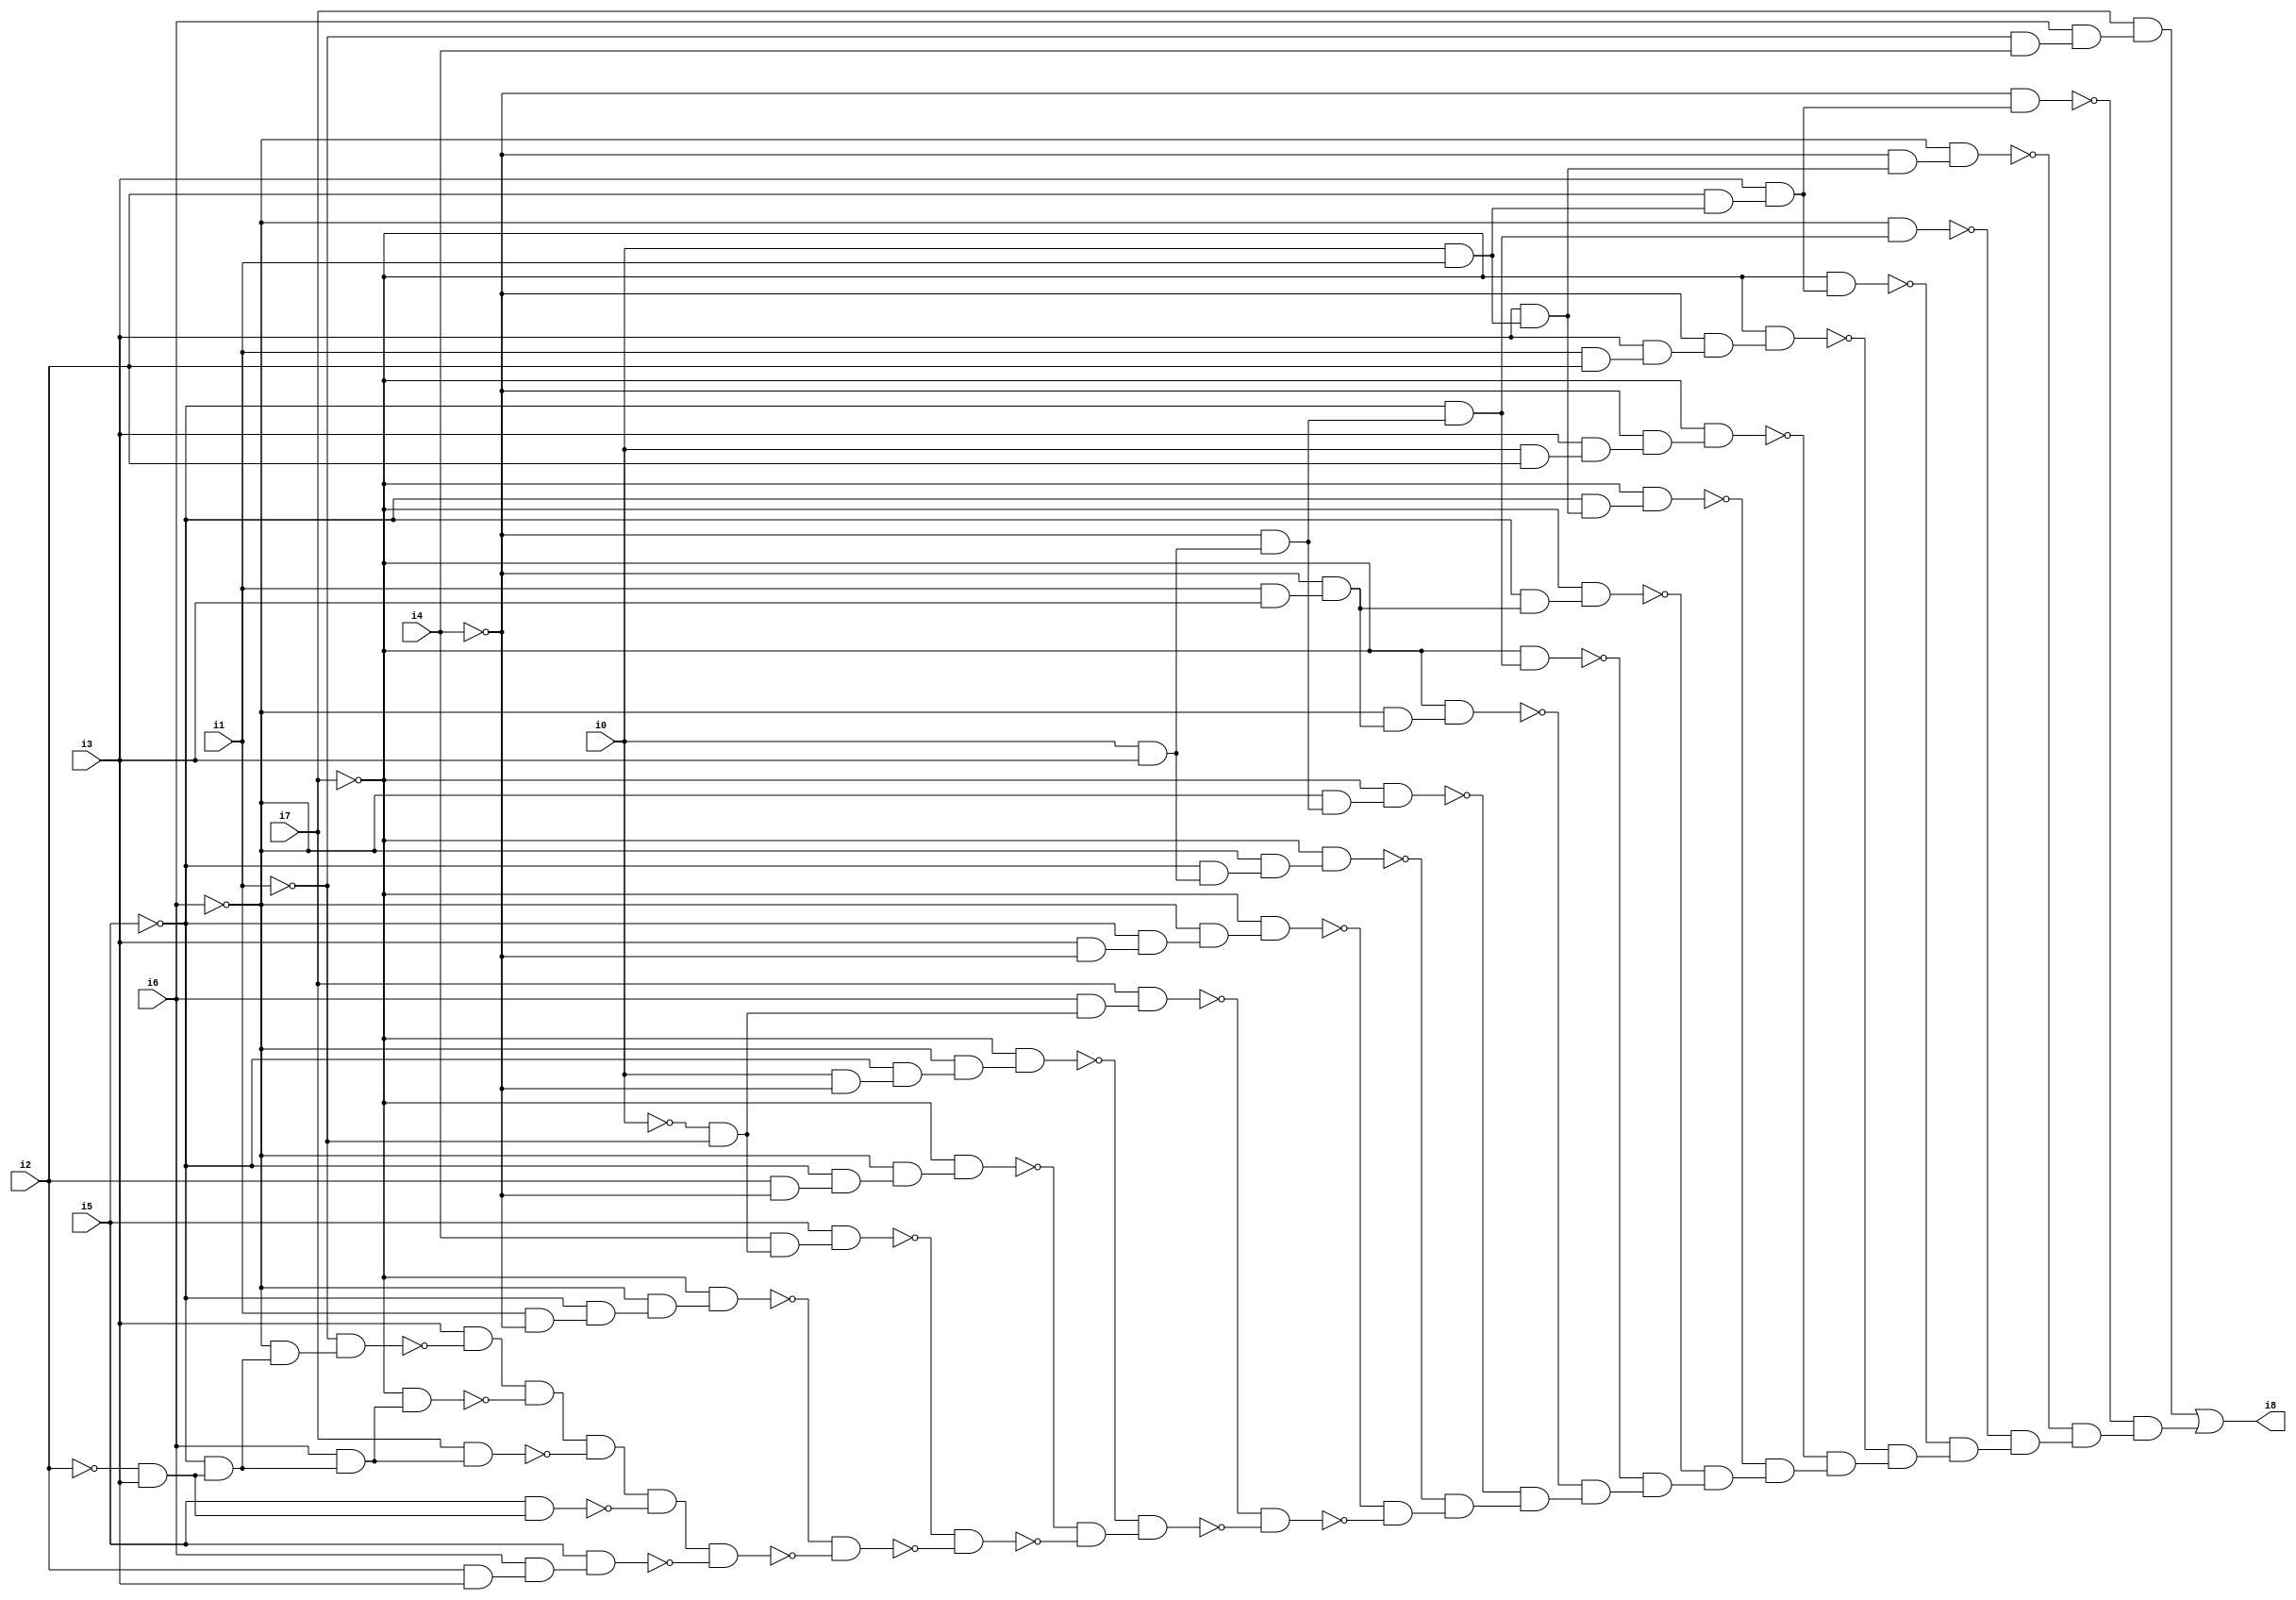
// Benchmark "SKOLEMFORMULA" written by ABC on Mon May  4 15:53:39 2020

module SKOLEMFORMULA ( 
    i0, i1, i2, i3, i4, i5, i6, i7,
    i8  );
  input  i0, i1, i2, i3, i4, i5, i6, i7;
  output i8;
  wire n10, n11, n12, n13, n14, n15, n16, n17, n18, n19, n20, n21, n22, n23,
    n24, n25, n26, n27, n28, n29, n30, n31, n32, n33, n34, n35, n36, n37,
    n38, n39, n40, n41, n42, n43, n44, n45, n46, n47, n48, n49, n50, n51,
    n52, n53, n54, n55, n56, n57, n58, n59, n60, n61, n62, n63, n64, n65,
    n66, n67, n68, n69, n70, n71, n72, n73, n74, n75, n76, n77, n78, n79,
    n80, n81, n82, n83, n84, n85, n86, n87, n88, n89, n90, n91, n92, n93,
    n94, n95, n96, n97, n98, n99, n100, n101;
  assign n10 = i1 & ~i4;
  assign n11 = ~i5 & n10;
  assign n12 = ~i6 & n11;
  assign n13 = ~i7 & n12;
  assign n14 = ~i0 & ~i1;
  assign n15 = i4 & n14;
  assign n16 = i5 & n15;
  assign n17 = i2 & ~i4;
  assign n18 = ~i5 & n17;
  assign n19 = ~i6 & n18;
  assign n20 = ~i7 & n19;
  assign n21 = i0 & ~i4;
  assign n22 = ~i5 & n21;
  assign n23 = ~i6 & n22;
  assign n24 = ~i7 & n23;
  assign n25 = i6 & n14;
  assign n26 = i7 & n25;
  assign n27 = i3 & ~i4;
  assign n28 = ~i5 & n27;
  assign n29 = ~i6 & n28;
  assign n30 = ~i7 & n29;
  assign n31 = i0 & i3;
  assign n32 = ~i5 & n31;
  assign n33 = ~i6 & n32;
  assign n34 = ~i7 & n33;
  assign n35 = ~i4 & n31;
  assign n36 = ~i6 & n35;
  assign n37 = ~i7 & n36;
  assign n38 = i1 & i3;
  assign n39 = ~i4 & n38;
  assign n40 = ~i6 & n39;
  assign n41 = ~i7 & n40;
  assign n42 = ~i5 & n35;
  assign n43 = ~i7 & n42;
  assign n44 = ~i5 & n39;
  assign n45 = ~i7 & n44;
  assign n46 = i0 & i1;
  assign n47 = i3 & n46;
  assign n48 = ~i5 & n47;
  assign n49 = ~i7 & n48;
  assign n50 = i0 & i2;
  assign n51 = i3 & n50;
  assign n52 = ~i4 & n51;
  assign n53 = ~i7 & n52;
  assign n54 = i1 & i2;
  assign n55 = i3 & n54;
  assign n56 = ~i4 & n55;
  assign n57 = ~i7 & n56;
  assign n58 = i2 & n46;
  assign n59 = i3 & n58;
  assign n60 = ~i7 & n59;
  assign n61 = ~i6 & n42;
  assign n62 = ~i4 & n47;
  assign n63 = ~i6 & n62;
  assign n64 = ~i4 & n59;
  assign n65 = ~i1 & i4;
  assign n66 = i6 & n65;
  assign n67 = i7 & n66;
  assign n68 = ~i2 & i3;
  assign n69 = ~i5 & n68;
  assign n70 = ~i6 & n69;
  assign n71 = ~i1 & n70;
  assign n72 = i3 & ~n71;
  assign n73 = i6 & n69;
  assign n74 = ~i7 & n73;
  assign n75 = n72 & ~n74;
  assign n76 = i7 & n73;
  assign n77 = n75 & ~n76;
  assign n78 = i5 & n68;
  assign n79 = n77 & ~n78;
  assign n80 = i2 & i3;
  assign n81 = i6 & n80;
  assign n82 = i5 & n81;
  assign n83 = n79 & ~n82;
  assign n84 = ~n13 & ~n83;
  assign n85 = ~n16 & ~n84;
  assign n86 = ~n20 & ~n85;
  assign n87 = ~n24 & n86;
  assign n88 = ~n26 & ~n87;
  assign n89 = ~n30 & ~n88;
  assign n90 = ~n34 & n89;
  assign n91 = ~n37 & n90;
  assign n92 = ~n41 & n91;
  assign n93 = ~n43 & n92;
  assign n94 = ~n45 & n93;
  assign n95 = ~n49 & n94;
  assign n96 = ~n53 & n95;
  assign n97 = ~n57 & n96;
  assign n98 = ~n60 & n97;
  assign n99 = ~n61 & n98;
  assign n100 = ~n63 & n99;
  assign n101 = ~n64 & n100;
  assign i8 = n67 | n101;
endmodule